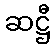
ဆဋ္ဌီ